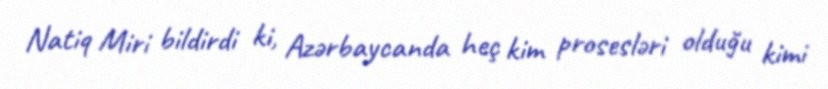
Natiq Miri bildirdi ki, Azərbaycanda heç kim prosesləri olduğu kimi